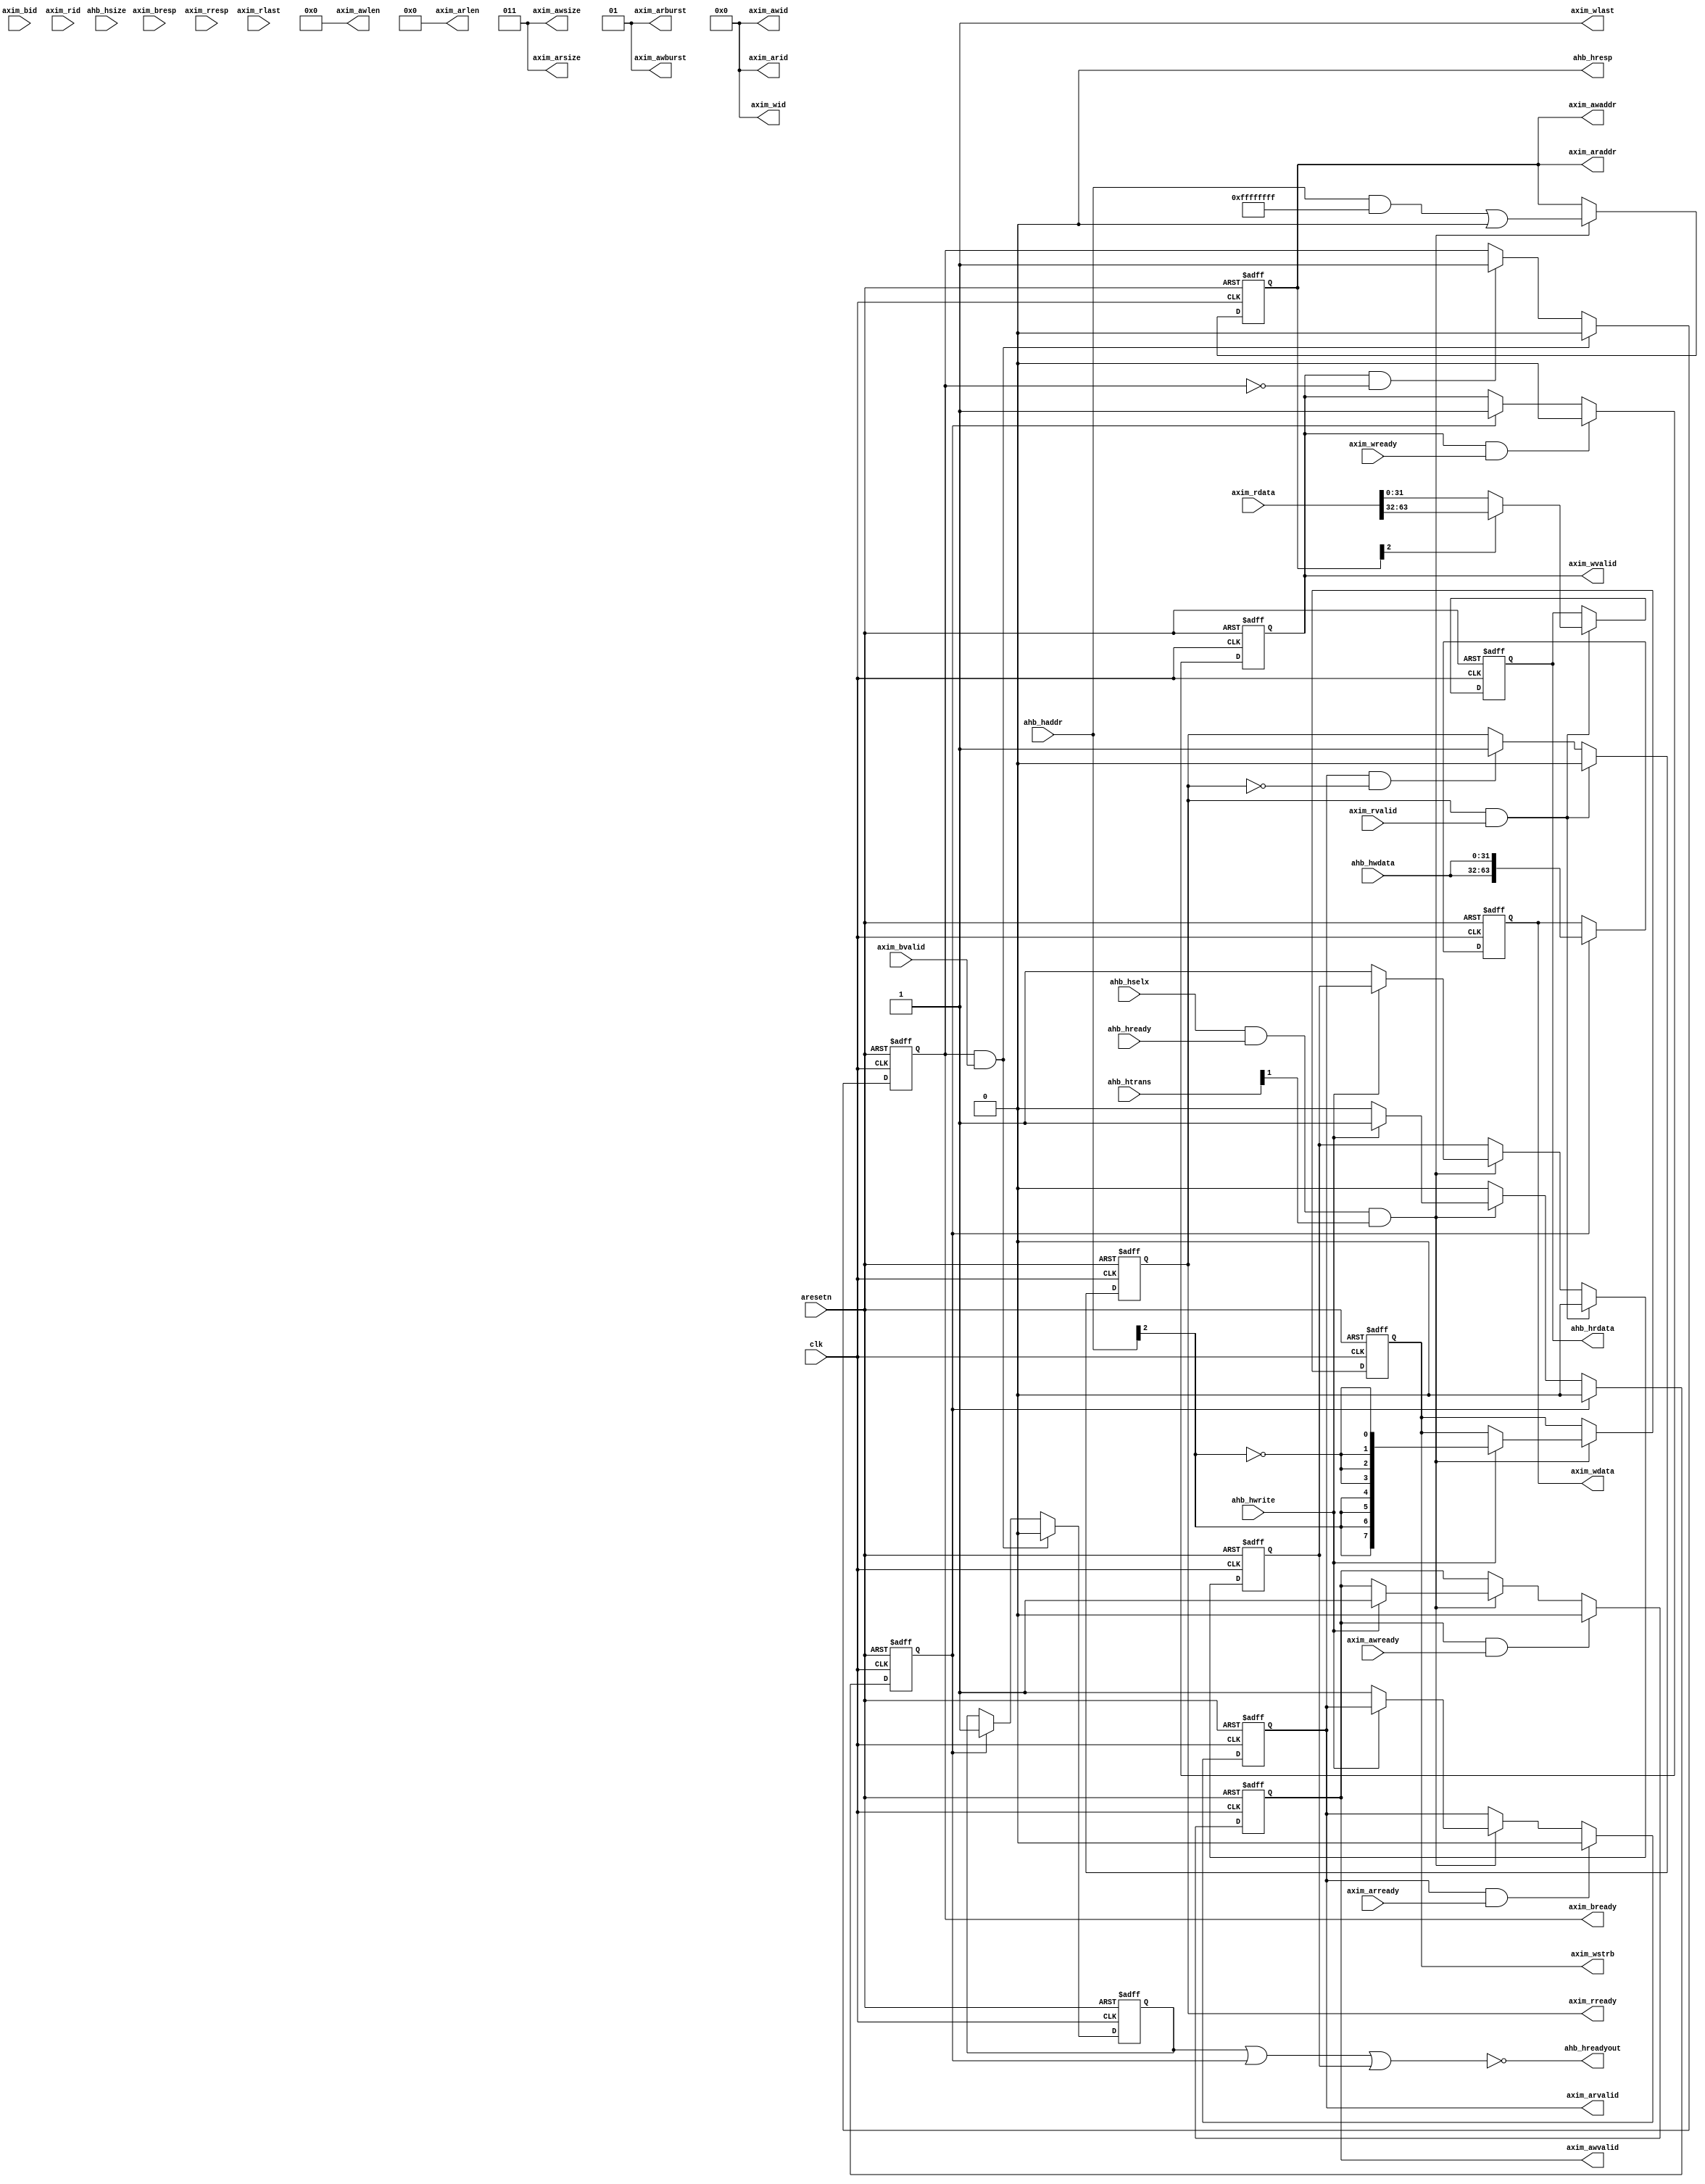
//-----------------------------------------------------------------------------
// Copyright (c) 2017 AsicVault OU
//
// Description : simple AHB to AXI access bridge for MDDR interface debug
//-----------------------------------------------------------------------------

module ahb2axi64b #(
	parameter P_AXI_IDWIDTH = 5,
	parameter [31:0] P_ADDRESS_MASK = 32'hFFFFFFFF,
	parameter [31:0] P_ADDRESS_BASE = 32'h00000000
	
)(
	input						clk				,
	input						aresetn			,
	// AHB slave interface
	input		[31:0]			ahb_haddr		,
	input		[ 1:0]			ahb_hsize		,
	input		[ 1:0]			ahb_htrans		,
	input		[31:0]			ahb_hwdata		,
	input						ahb_hwrite		,
	input						ahb_hready		,
	input						ahb_hselx		,
	output	reg	[31:0]			ahb_hrdata	= 0	,
	output						ahb_hresp		,
	output						ahb_hreadyout	,
	
	// AXI Master inetrface - output
	output	reg [31:0]			axim_awaddr	=0	,
	output	[ 7:0]				axim_awlen		,
	output	[ 2:0]				axim_awsize		,
	output	[ 1:0]				axim_awburst	,
	output	[P_AXI_IDWIDTH-1:0]	axim_awid		,
	output	reg					axim_awvalid =0	,
	input						axim_awready	,
	
	output	[P_AXI_IDWIDTH-1:0]	axim_wid		,
	output	reg [63:0]			axim_wdata	=0	,
	output	reg [ 7:0]			axim_wstrb	=0	,
	output						axim_wlast		,
	output	reg					axim_wvalid	=0	,
	input						axim_wready		,

	input	[P_AXI_IDWIDTH-1:0]	axim_bid		,
	input	[ 1:0]				axim_bresp		,
	input						axim_bvalid		,
	output	reg					axim_bready	= 0	,
	
	output	[P_AXI_IDWIDTH-1:0]	axim_arid		,
	output	[31:0]				axim_araddr		,
	output	[ 3:0]				axim_arlen		,
	output	[ 2:0]				axim_arsize		,
	output	[ 1:0]				axim_arburst	,
	output	reg					axim_arvalid = 0,
	input						axim_arready	,
	
	input	[P_AXI_IDWIDTH-1:0]	axim_rid		,
	input	[63:0]				axim_rdata		,
	input	[ 1:0]				axim_rresp		,
	input						axim_rlast		,
	input						axim_rvalid		,
	output	reg					axim_rready	=0	
);



	assign	axim_araddr			=	axim_awaddr;
	assign	axim_arlen			=	0;
	assign	axim_arsize			=	3'd3; // 64-bit transfers only
	assign	axim_arburst		=	2'd1; // incrementing burst
	assign	axim_arid			=	0;

	assign	axim_awlen			=	0;
	assign	axim_awsize			=	3'd3; // 64-bit transfers only
	assign	axim_awburst		=	2'd1; // incrementing burst
	assign	axim_awid			=	0;
	assign	axim_wid			=	0;
	assign	axim_wlast			=	1'b1;
	
	assign ahb_hresp = 0;
	reg wr_active = 0;
	reg rd_active = 0;
	reg wr_init = 0;
	
	assign ahb_hreadyout = ~((wr_active | wr_init) | rd_active);
	
	always @(posedge clk or negedge aresetn)
		if (~aresetn) begin
			axim_awaddr <= 0;
			axim_awvalid<= 0;
			axim_wdata  <= 0;
			axim_wstrb  <= 0;
			axim_wvalid <= 0;
			axim_arvalid<= 0;
			axim_rready <= 0;
			wr_active <= 0;
			rd_active <= 0;
			wr_init <= 0;
			ahb_hrdata <= 0;
			axim_bready <= 0;
		end else begin
			if (ahb_hselx & ahb_hready & ahb_htrans[1]) begin
				axim_awaddr <= ahb_haddr & P_ADDRESS_MASK | P_ADDRESS_BASE;
				if (ahb_hwrite) begin
					axim_awvalid <= 1'b1;
					wr_init <= 1'b1;
					axim_wstrb <= {{4{ahb_haddr[2]}},{4{~ahb_haddr[2]}}};
				end else begin
					axim_arvalid <= 1'b1;
					rd_active    <= 1'b1;
				end
			end
			if (wr_init) begin
				wr_init <= 0;
				axim_wvalid <= 1'b1;
				axim_wdata <= {ahb_hwdata,ahb_hwdata};
				wr_active <= 1'b1;
			end
			if (axim_awvalid & axim_awready)
				axim_awvalid <= 1'b0;
			if (axim_wvalid & ~axim_bready)
				axim_bready <= 1'b1;
			if (axim_wvalid & axim_wready)
				axim_wvalid <= 1'b0;
			if (axim_arvalid & axim_arready)
				axim_arvalid <= 1'b0;
			if (axim_arvalid & ~axim_rready)
				axim_rready <= 1'b1;
			if (axim_bready & axim_bvalid) begin
				wr_active   <= 1'b0;
				axim_bready <= 1'b0;
			end
			if (axim_rready & axim_rvalid) begin
				axim_rready <= 1'b0;
				rd_active <= 0;
				ahb_hrdata <= axim_awaddr[2]? axim_rdata[63:32] : axim_rdata[31:0];
			end
		end
	
endmodule